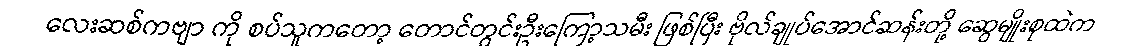
လေးဆစ်ကဗျာ ကို စပ်သူကတော့ တောင်တွင်းဦးကြော့သမီး ဖြစ်ပြီး ဗိုလ်ချုပ်အောင်ဆန်းတို့ ဆွေမျိုးစုထဲက